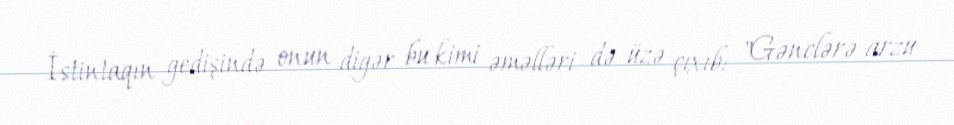
İstintaqın gedişində onun digər bu kimi əməlləri də üzə çıxıb: "Gənclərə arzu